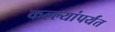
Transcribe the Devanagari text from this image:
कल्ल्यांपर्यंत